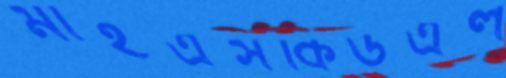
মাইএসকিউএল